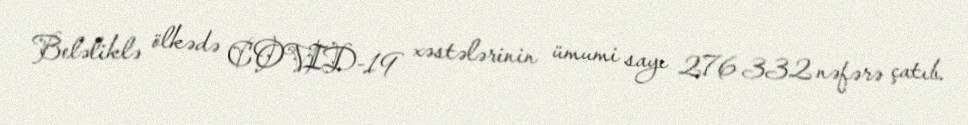
Beləliklə ölkədə COVID-19 xəstələrinin ümumi sayı 276 332 nəfərə çatıb.